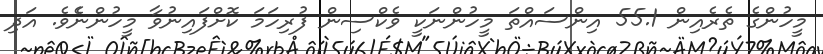
މީހުންގެ ތެރެއިން 55.1 އިންސައްތަ މީހުންނަކީ ވެކްސިން ފުރިހަމަ ކޮށްފައިނުވާ މީހުންނެެވެ. އަދި